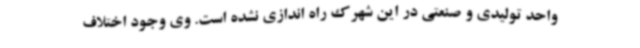
واحد تولیدی و صنعتی در این شهرک راه اندازی نشده است. وی وجود اختلاف